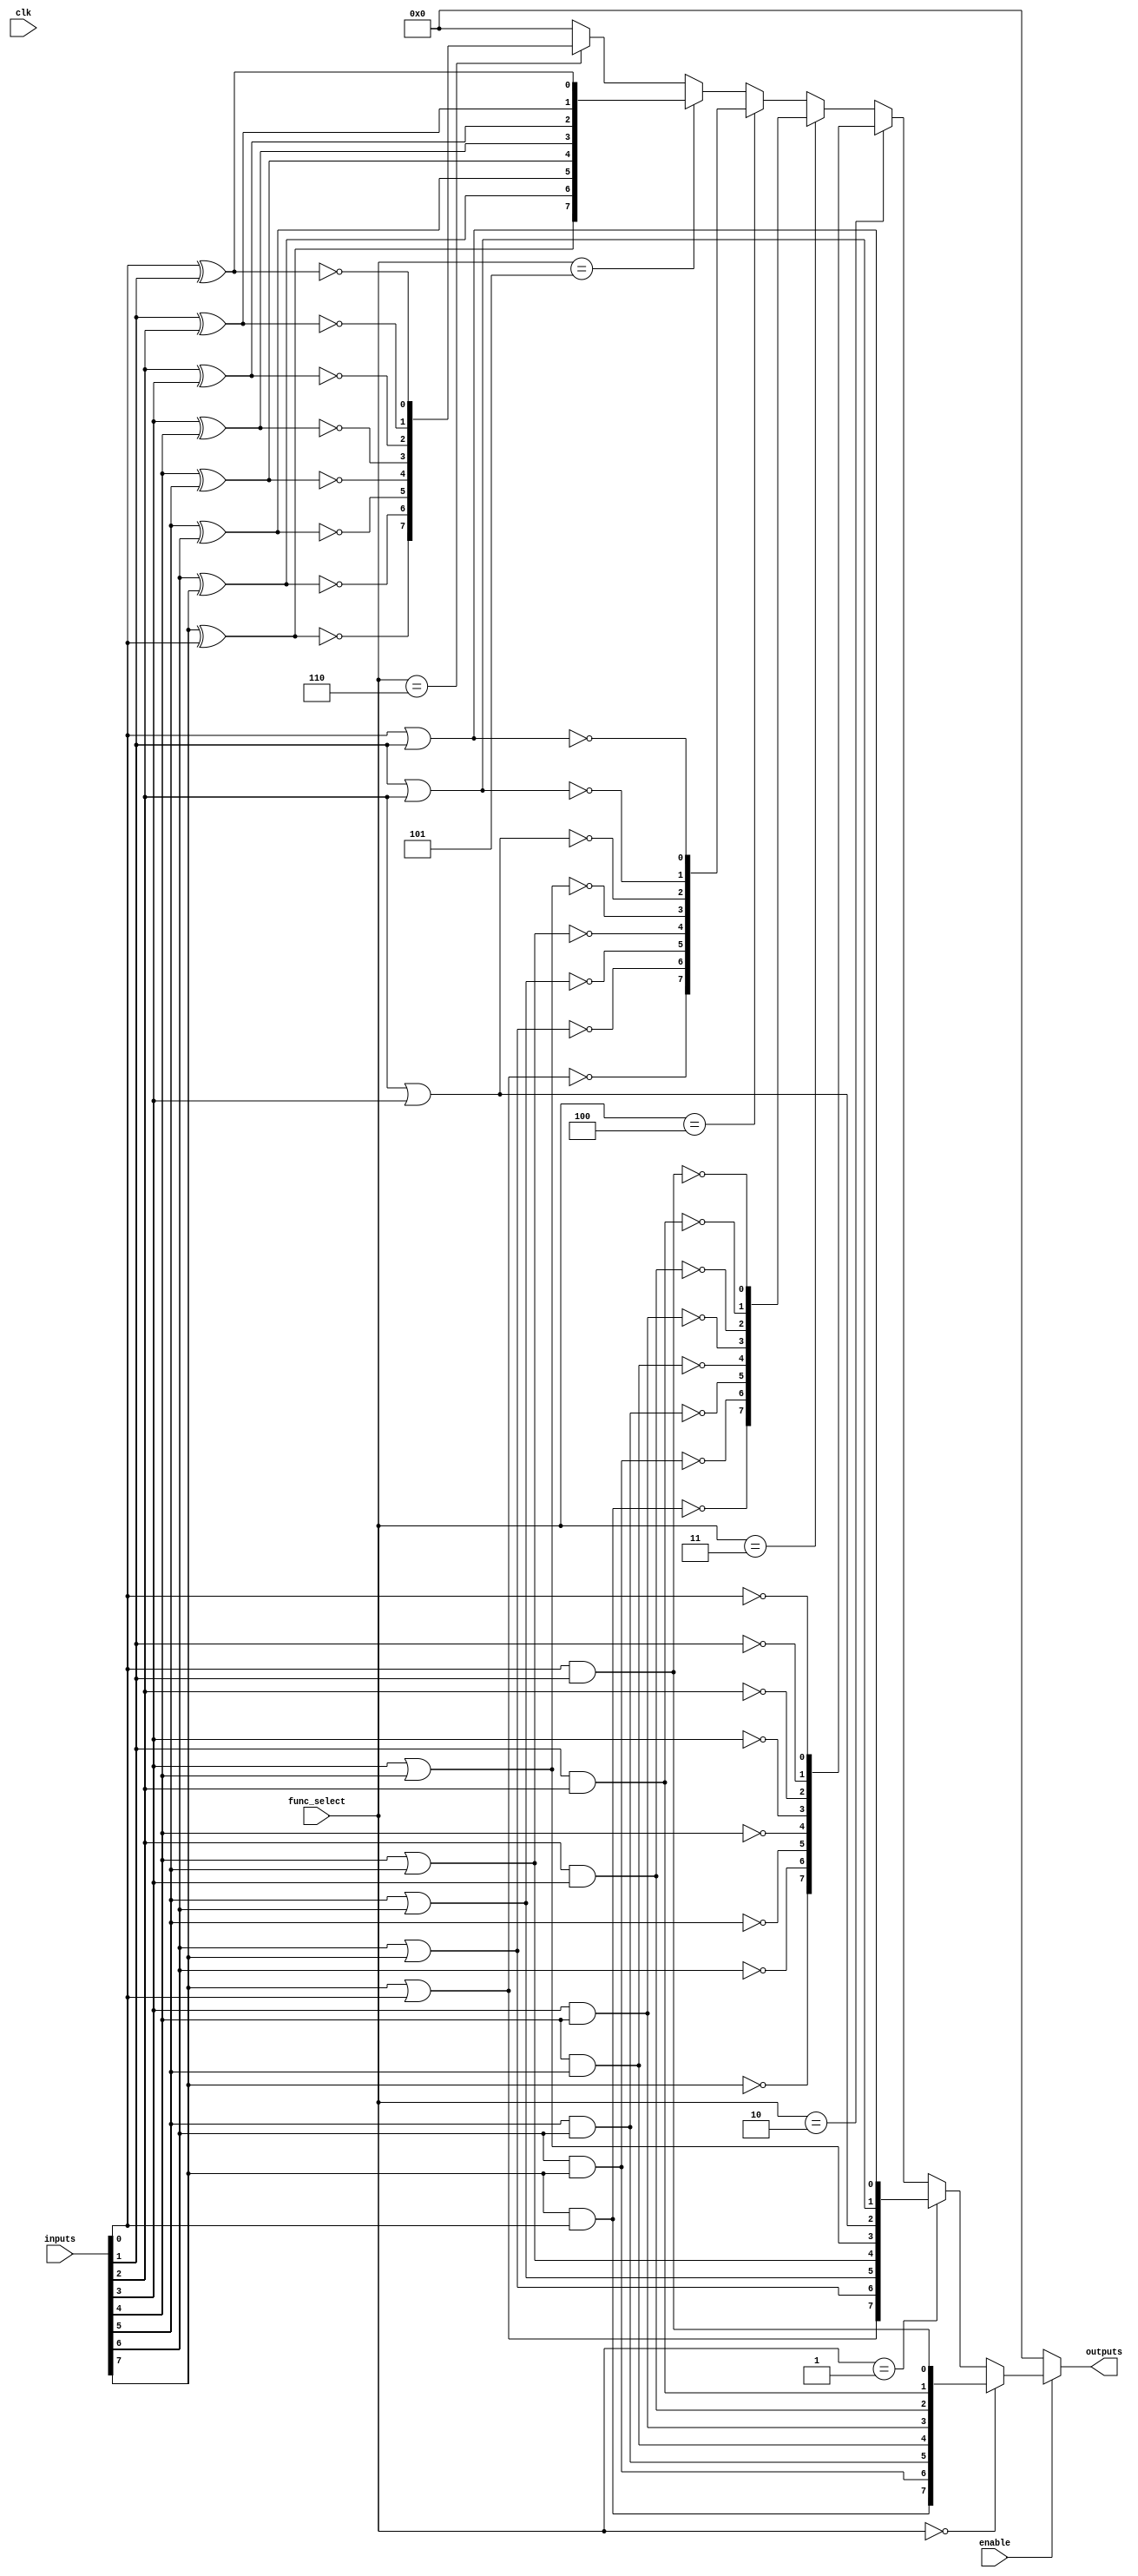
module combinational_logic_block (
    input wire [7:0] inputs,         // 8-bit input (can vary based on design)
    input wire [2:0] func_select,    // Function select signal to choose logic function
    output wire [7:0] outputs,        // 8-bit output
    input wire enable,                // Enable signal for the block
    input wire clk                    // Clock signal (if needed for synchronous design)
);

    // Internal signals for the logic functions
    wire [7:0] and_out;
    wire [7:0] or_out;
    wire [7:0] not_out;
    wire [7:0] nand_out;
    wire [7:0] nor_out;
    wire [7:0] xor_out;
    wire [7:0] xnor_out;

    // Basic Logic Operations
    genvar i;
    generate
        for (i = 0; i < 8; i = i + 1) begin : logic_operations
            // AND operation (only pairs of inputs for simplicity)
            assign and_out[i] = inputs[i] & inputs[(i + 1) % 8];

            // OR operation
            assign or_out[i] = inputs[i] | inputs[(i + 1) % 8];

            // NOT operation
            assign not_out[i] = ~inputs[i];

            // NAND operation
            assign nand_out[i] = ~(inputs[i] & inputs[(i + 1) % 8]);

            // NOR operation
            assign nor_out[i] = ~(inputs[i] | inputs[(i + 1) % 8]);

            // XOR operation
            assign xor_out[i] = inputs[i] ^ inputs[(i + 1) % 8];

            // XNOR operation
            assign xnor_out[i] = ~(inputs[i] ^ inputs[(i + 1) % 8]);
        end
    endgenerate

    // Output logic based on the selected function
    assign outputs = (enable) ? 
                     (func_select == 3'b000) ? and_out :
                     (func_select == 3'b001) ? or_out :
                     (func_select == 3'b010) ? not_out :
                     (func_select == 3'b011) ? nand_out :
                     (func_select == 3'b100) ? nor_out :
                     (func_select == 3'b101) ? xor_out :
                     (func_select == 3'b110) ? xnor_out :
                     8'b00000000 :   // Default case (can be modified)
                     8'b00000000;   // Outputs disabled when not enabled

endmodule